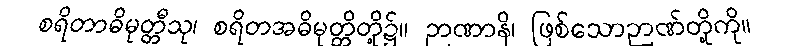
စရိတာဓိမုတ္တီသု၊ စရိတအဓိမုတ္တိတို့၌။ ဉာဏာနိ၊ ဖြစ်သောဉာဏ်တို့ကို။